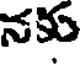
నకు